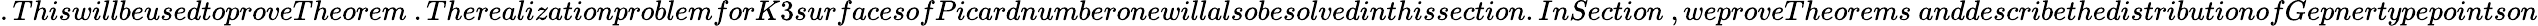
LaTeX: .ThiswillbeusedtoproveTheorem~.TherealizationproblemforK3surfacesofPicardnumberonewillalsobesolvedinthissection.InSection~,weproveTheorems~anddescribethedistributionofGepnertypepointson